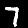
Label: 7